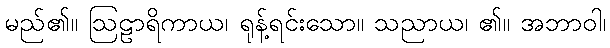
မည်၏။ ဩဠာရိကာယ၊ ရုန့်ရင်းသော။ သညာယ၊ ၏။ အဘာဝါ၊